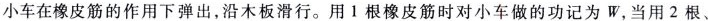
小车在橡皮筋的作用下弹出,沿木板滑行。用户根橡皮筋时对小车做的功记为 W,当用2根